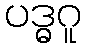
ပဒ္ဓဂူ